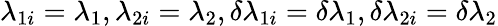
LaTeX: \lambda_{1i}=\lambda_{1},\lambda_{2i}=\lambda_{2},\delta\lambda_{1i}=\delta\lambda_{1},\delta\lambda_{2i}=\delta\lambda_{2}